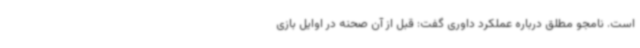
است. نامجو مطلق درباره عملکرد داوری گفت: قبل از آن صحنه در اوایل بازی